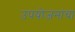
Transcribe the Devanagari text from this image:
उपयोजनांचा